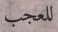
للعجب